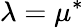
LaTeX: \lambda=\mu^{*}